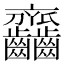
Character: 𪚎